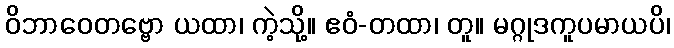
ဝိဘာဝေတဗ္ဗော ယထာ၊ ကဲ့သို့။ ဧဝံ-တထာ၊ တူ။ မဂ္ဂုဒကူပမာယပိ၊